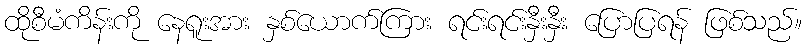
ထိုစီမံကိန်းကို နေရူးအား နှစ်ယောက်ကြား ရင်းရင်းနှီးနှီး ပြောပြရန် ဖြစ်သည်။